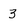
Character: 3